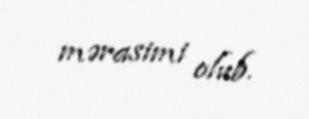
mərasimi olub.